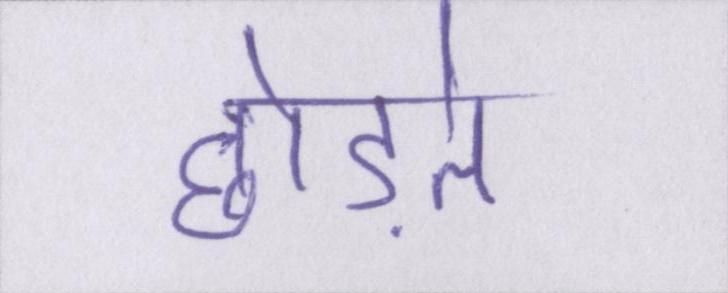
छोड़ते